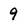
Character: 9